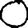
Digit: 0